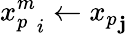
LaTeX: {x_{p}^{m}}_{i}\gets{x_{p}}_{\mathbf{j}}